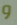
و